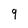
Character: 9